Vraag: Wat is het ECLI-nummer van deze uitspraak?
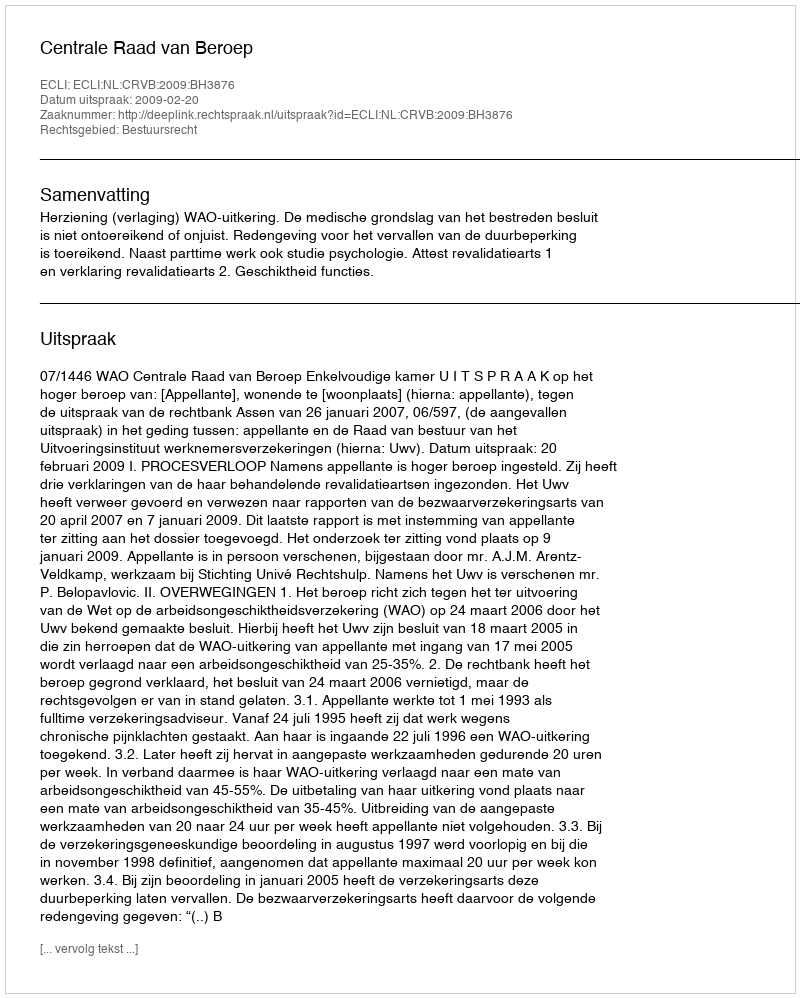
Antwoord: ECLI:NL:CRVB:2009:BH3876